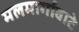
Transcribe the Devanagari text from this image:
मलमार्गावाटे